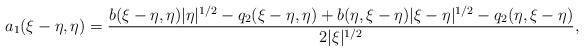
LaTeX: \begin{align*}a_{1}(\xi-\eta, \eta) = \frac{b(\xi-\eta,\eta)|\eta|^{1/2} - q_{2}(\xi-\eta, \eta)+b(\eta,\xi-\eta)|\xi-\eta|^{1/2} - q_{2}(\eta,\xi- \eta)}{2|\xi|^{1/2}},\end{align*}